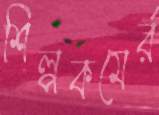
শিল্পকমের্র